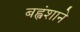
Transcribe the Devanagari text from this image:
बह्वंशाने